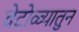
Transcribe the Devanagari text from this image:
वेटोळ्यातुन